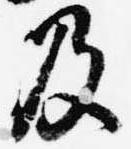
及